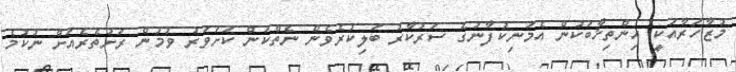
މުޒާހަރާއަކީ އިންތިޚާބަކުން އެމަނިކުފާނުގެ ސަރުކާރު ބަލިކުރެވެން ނެތްކަން ކަށަވަރު ވުމުން ރަށުތެރެއަށް ނުކުމެ